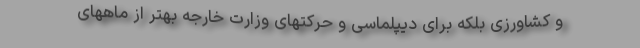
و کشاورزی بلکه برای دیپلماسی و حرکتهای وزارت خارجه بهتر از ماههای